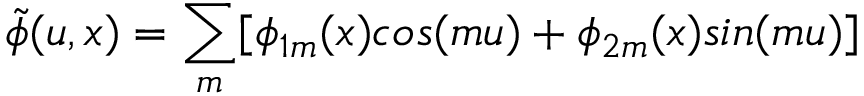
\tilde { \phi } ( u , x ) = \sum _ { m } [ \phi _ { 1 m } ( x ) c o s ( m u ) + \phi _ { 2 m } ( x ) s i n ( m u ) ]